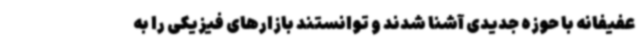
عفیفانه با حوزه جدیدی آشنا شدند و توانستند بازارهای فیزیکی را به